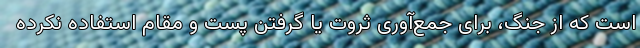
است که از جنگ، برای جمع‌آوری ثروت یا گرفتن پست و مقام استفاده نکرده